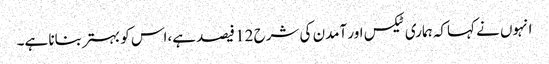
انہوں نے کہاکہ ہماری ٹیکس اور آمدن کی شرح 12 فیصد ہے،اس کو بہتر بنانا ہے۔